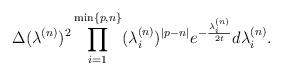
LaTeX: \begin{align*}\Delta(\lambda^{(n)})^2 \prod_{i = 1}^{\min\{p, n\}} (\lambda^{(n)}_i)^{|p - n|} e^{-\frac{\lambda^{(n)}_i}{2t}} d\lambda^{(n)}_i.\end{align*}